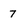
Character: 7